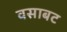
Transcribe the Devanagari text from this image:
वसाबट